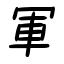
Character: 軍